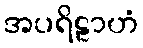
အပရိဠာဟံ